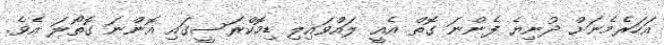
އަހަރެމެނަށް ދުނިޔެ ފެންނަ ގޮތް އެއީ ލައްވައިލި ޑިމޮކްރަސީގައި އޮންނަ ގޮތޯލަ އެވެ.